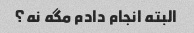
البته انجام دادم مگه نه؟